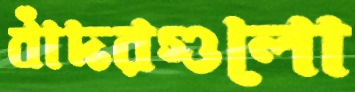
বাঁদরগুলো